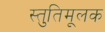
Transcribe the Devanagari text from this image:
स्तुतिमूलक